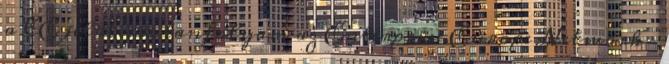
a CE jelölésre tanfolyam az Enterprise Europe Network –